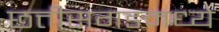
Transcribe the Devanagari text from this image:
छत्तीसगडमध्ये